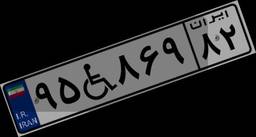
۹۵W۸۶۹۸۲